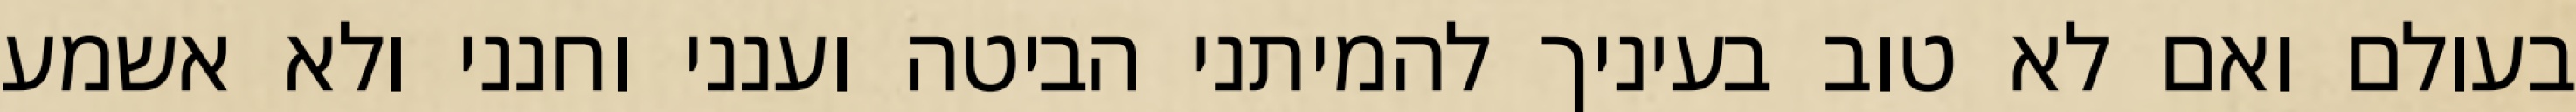
בעולם ואם לא טוב בעיניך להמיתני הביטה וענני וחנני ולא אשמע